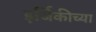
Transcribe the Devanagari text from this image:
इर्जिकीच्या